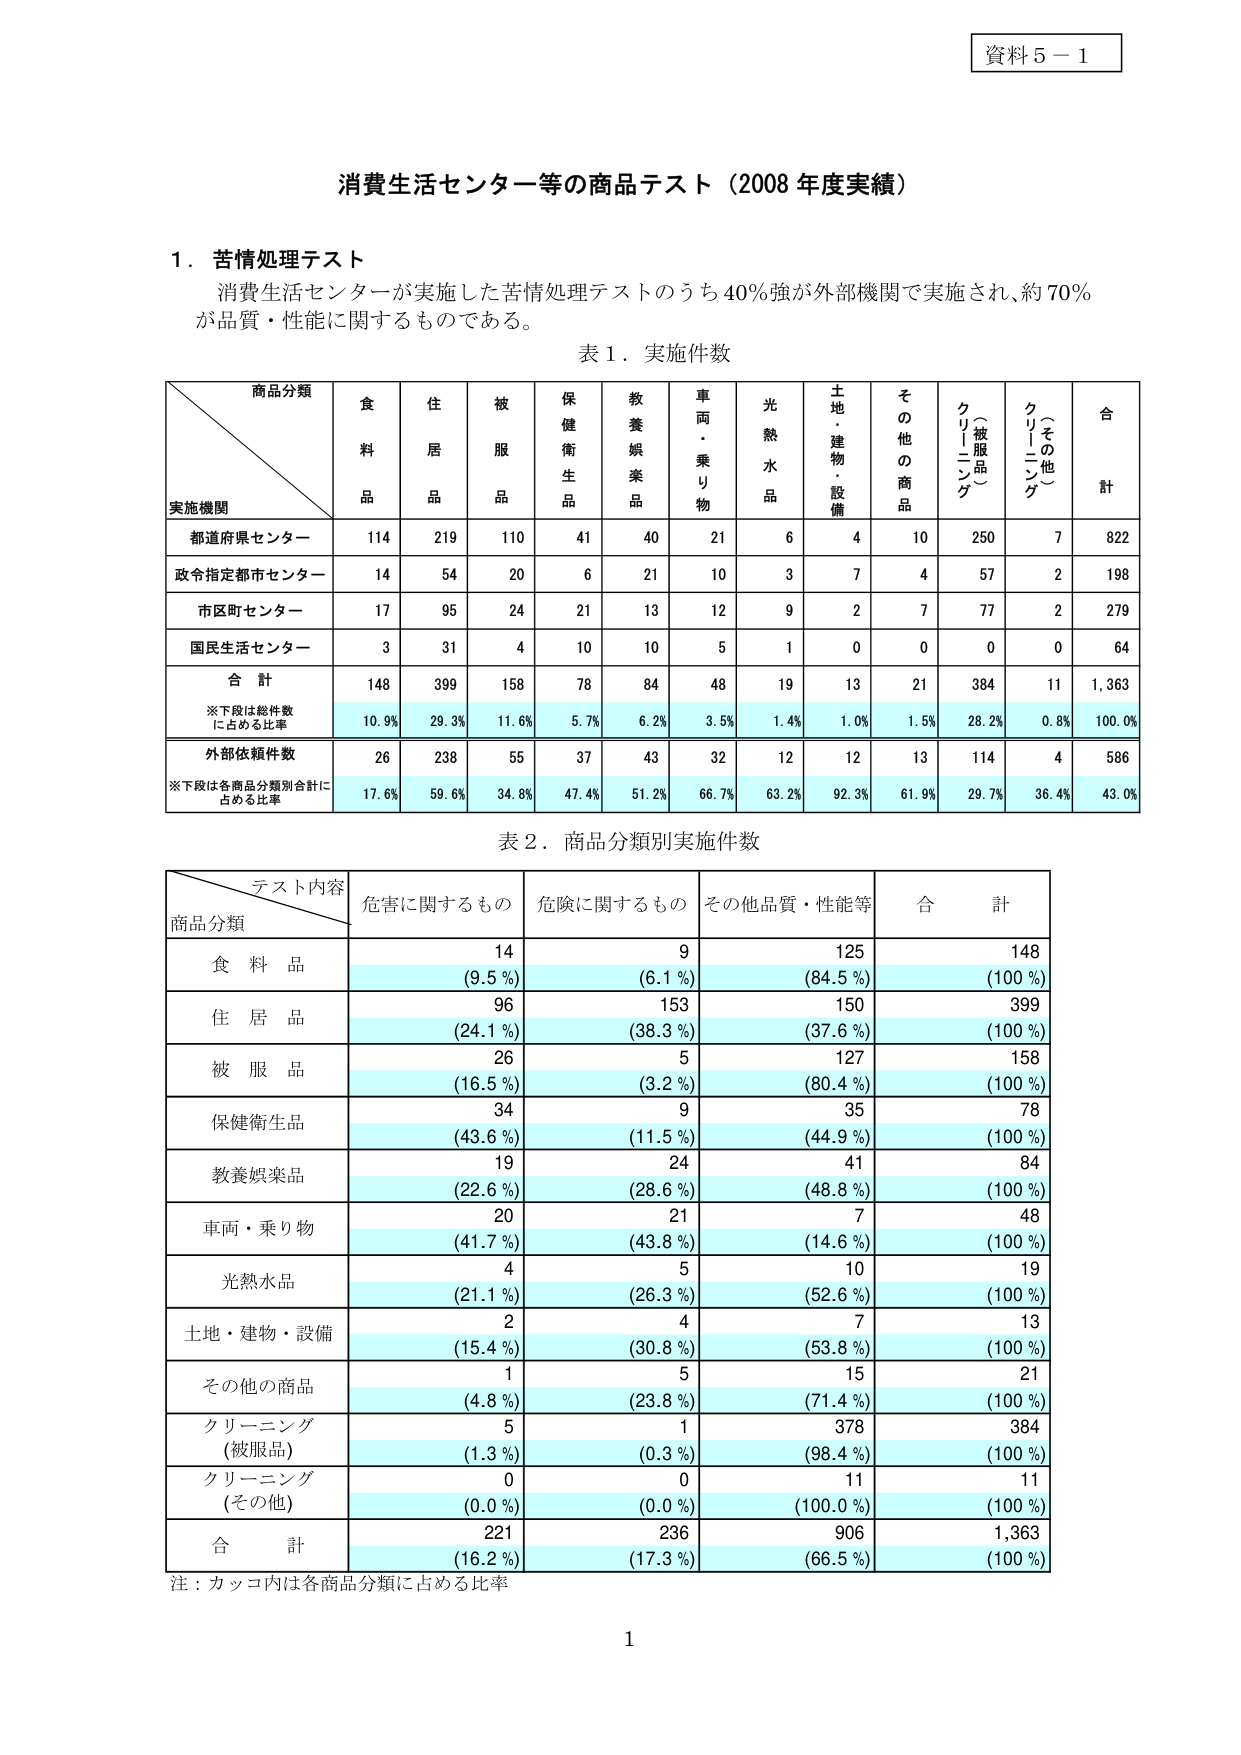
資料５－１

消費生活センター等の商品テスト（2008年度実績）

１．苦情処理テスト
消費生活センターが実施した苦情処理テストのうち40％強が外部機関で実施され、約70％が品質・性能に関するものである。

表１．実施件数

商品分類
実施機関　　食料品　　住居品　　被服品　　保健衛生品　　教養娯楽品　　車両・乗り物　　光熱水品　　土地・建物・設備　　その他の商品　　クリーニング（被服品）　　クリーニング（その他）　　合計

都道府県センター　　114　　219　　110　　41　　40　　21　　6　　4　　10　　250　　7　　822
政令指定都市センター　　14　　54　　20　　6　　21　　10　　3　　7　　4　　57　　2　　198
市区町センター　　17　　95　　24　　21　　13　　12　　9　　2　　7　　77　　2　　279
国民生活センター　　3　　31　　4　　10　　10　　5　　1　　0　　0　　0　　0　　64
合計　　148　　399　　158　　78　　84　　48　　19　　13　　21　　384　　11　　1,363
※下段は総件数に占める比率　　10.9%　　29.3%　　11.6%　　5.7%　　6.2%　　3.5%　　1.4%　　1.0%　　1.5%　　28.2%　　0.8%　　100.0%
外部依頼件数　　26　　238　　55　　37　　43　　32　　12　　12　　13　　114　　4　　586
※下段は各商品分類別合計に占める比率　　17.6%　　59.6%　　34.8%　　47.4%　　51.2%　　66.7%　　63.2%　　92.3%　　61.9%　　29.7%　　36.4%　　43.0%

表２．商品分類別実施件数

テスト内容
商品分類　　危害に関するもの　　危険に関するもの　　その他品質・性能等　　合計

食料品　　14　　9　　125　　148
　　　　(9.5%)　　(6.1%)　　(84.5%)　　(100%)
住居品　　96　　153　　150　　399
　　　　(24.1%)　　(38.3%)　　(37.6%)　　(100%)
被服品　　26　　5　　127　　158
　　　　(16.5%)　　(3.2%)　　(80.4%)　　(100%)
保健衛生品　　34　　9　　35　　78
　　　　(43.6%)　　(11.5%)　　(44.9%)　　(100%)
教養娯楽品　　19　　24　　41　　84
　　　　(22.6%)　　(28.6%)　　(48.8%)　　(100%)
車両・乗り物　　20　　21　　7　　48
　　　　(41.7%)　　(43.8%)　　(14.6%)　　(100%)
光熱水品　　4　　5　　10　　19
　　　　(21.1%)　　(26.3%)　　(52.6%)　　(100%)
土地・建物・設備　　2　　4　　7　　13
　　　　(15.4%)　　(30.8%)　　(53.8%)　　(100%)
その他の商品　　1　　5　　15　　21
　　　　(4.8%)　　(23.8%)　　(71.4%)　　(100%)
クリーニング（被服品）　　5　　1　　378　　384
　　　　(1.3%)　　(0.3%)　　(98.4%)　　(100%)
クリーニング（その他）　　0　　0　　11　　11
　　　　(0.0%)　　(0.0%)　　(100.0%)　　(100%)
合計　　221　　236　　906　　1,363
　　　　(16.2%)　　(17.3%)　　(66.5%)　　(100%)

注：カッコ内は各商品分類に占める比率

1